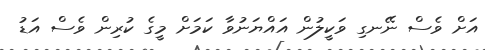
އަށް ވެސް ނޭނގި ވަކީލުން އައްޔަނުވާ ކަމަށް މީގެ ކުރިން ވެސް އަޑު